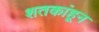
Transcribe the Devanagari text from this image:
शतकांहून